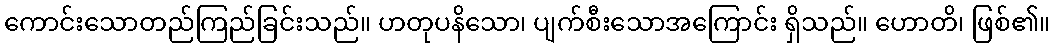
ကောင်းသောတည်ကြည်ခြင်းသည်။ ဟတုပနိသော၊ ပျက်စီးသောအကြောင်း ရှိသည်။ ဟောတိ၊ ဖြစ်၏။